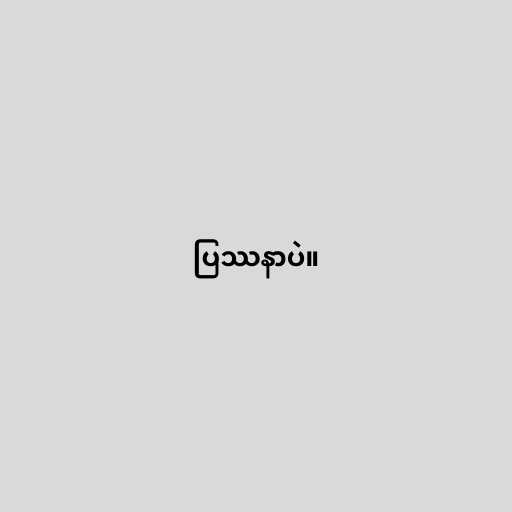
ပြဿနာပဲ။